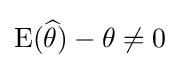
\operatorname {E} ({\widehat {\theta }})-\theta \neq 0